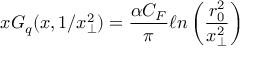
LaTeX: x G _ { q } ( x , 1 / x _ { \perp } ^ { 2 } ) = { \frac { \alpha C _ { F } } { \pi } } \ell n \left( { \frac { r _ { 0 } ^ { 2 } } { x _ { \perp } ^ { 2 } } } \right)